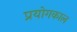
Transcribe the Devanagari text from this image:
प्रयोगकाल